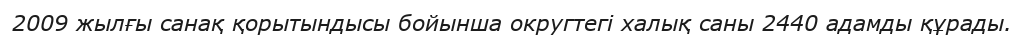
2009 жылғы санақ қорытындысы бойынша округтегі халық саны 2440 адамды құрады.